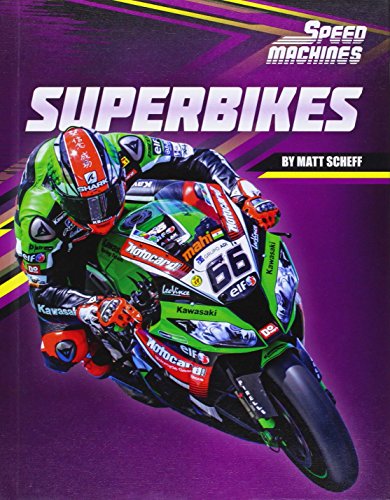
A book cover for Superbikes (Speed Machines); Matt Scheff; Children's Books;